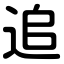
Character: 追